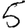
Digit: 5